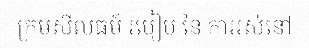
ក្រមសីលធម៍ របៀប នៃ ការរស់នៅ